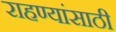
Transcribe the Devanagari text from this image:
राहण्यांसाठी